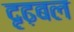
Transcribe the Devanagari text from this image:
दृढ़बल